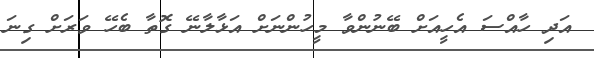
އަދި ހާއްސަ އެހީއަށް ބޭނުންވާ މީހުންނަށް އަޅާލާނޭ ގޮތާ ބެހޭ ވަރަށް ގިނަ